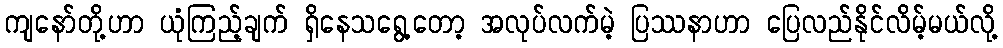
ကျနော်တို့ဟာ ယုံကြည့်ချက် ရှိနေသရွေ့တော့ အလုပ်လက်မဲ့ ပြဿနာဟာ ပြေလည်နိုင်လိမ့်မယ်လို့